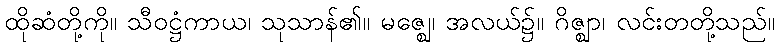
ထိုဆံတို့ကို။ သီဝဋ္ဌံကာယ၊ သုသာန်၏။ မဇ္ဈေ၊ အလယ်၌။ ဂိဇ္ဈာ၊ လင်းတတို့သည်။